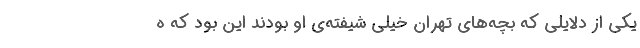
یکی از دلایلی که بچه‌های تهران خیلی شیفته‌ی او بودند این بود که ه